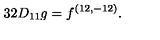
{ 3 2 D _ { 1 1 } g = f ^ { ( 1 2 , - 1 2 ) } . }